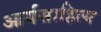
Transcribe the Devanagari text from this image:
आर्यसाहित्य